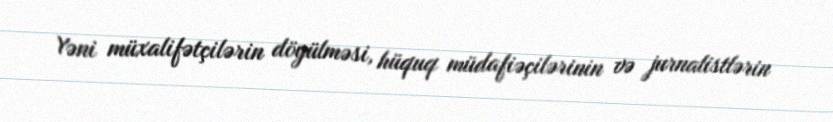
Yəni müxalifətçilərin döyülməsi, hüquq müdafiəçilərinin və jurnalistlərin